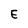
Character: E